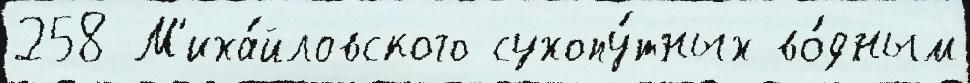
258 М'иха́йловского сухопу́тных во́дным